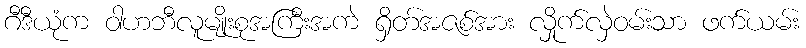
ဂီဒီယုံက ဝါဟဘီလူမျိုးစုအကြီးအကဲ ရှိတ်အဇစ်အား လှိုက်လှဲဝမ်းသာ ဖက်ယမ်း